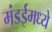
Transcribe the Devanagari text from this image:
मंडईमध्ये